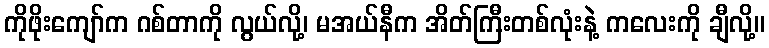
ကိုဖိုးကျော်က ဂစ်တာကို လွယ်လို့၊ မအယ်နီက အိတ်ကြီးတစ်လုံးနဲ့ ကလေးကို ချီလို့။